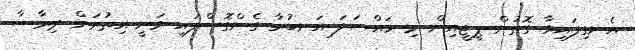
އެނގިފައިވާ ގޮތުން ޕީޖީއިން މި މައްސަލަ އަނބުރާ ގެންގޮސްފައި ވަނީ އިތުރަށް ދިރާސާ